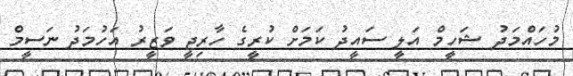
މުހައްމަދު ޝަހީމް އަލީ ސައީދު ކަމަށް ކުރީގެ ހާރިޖީ ވަޒީރު އަހުމަދު ނަސީމް